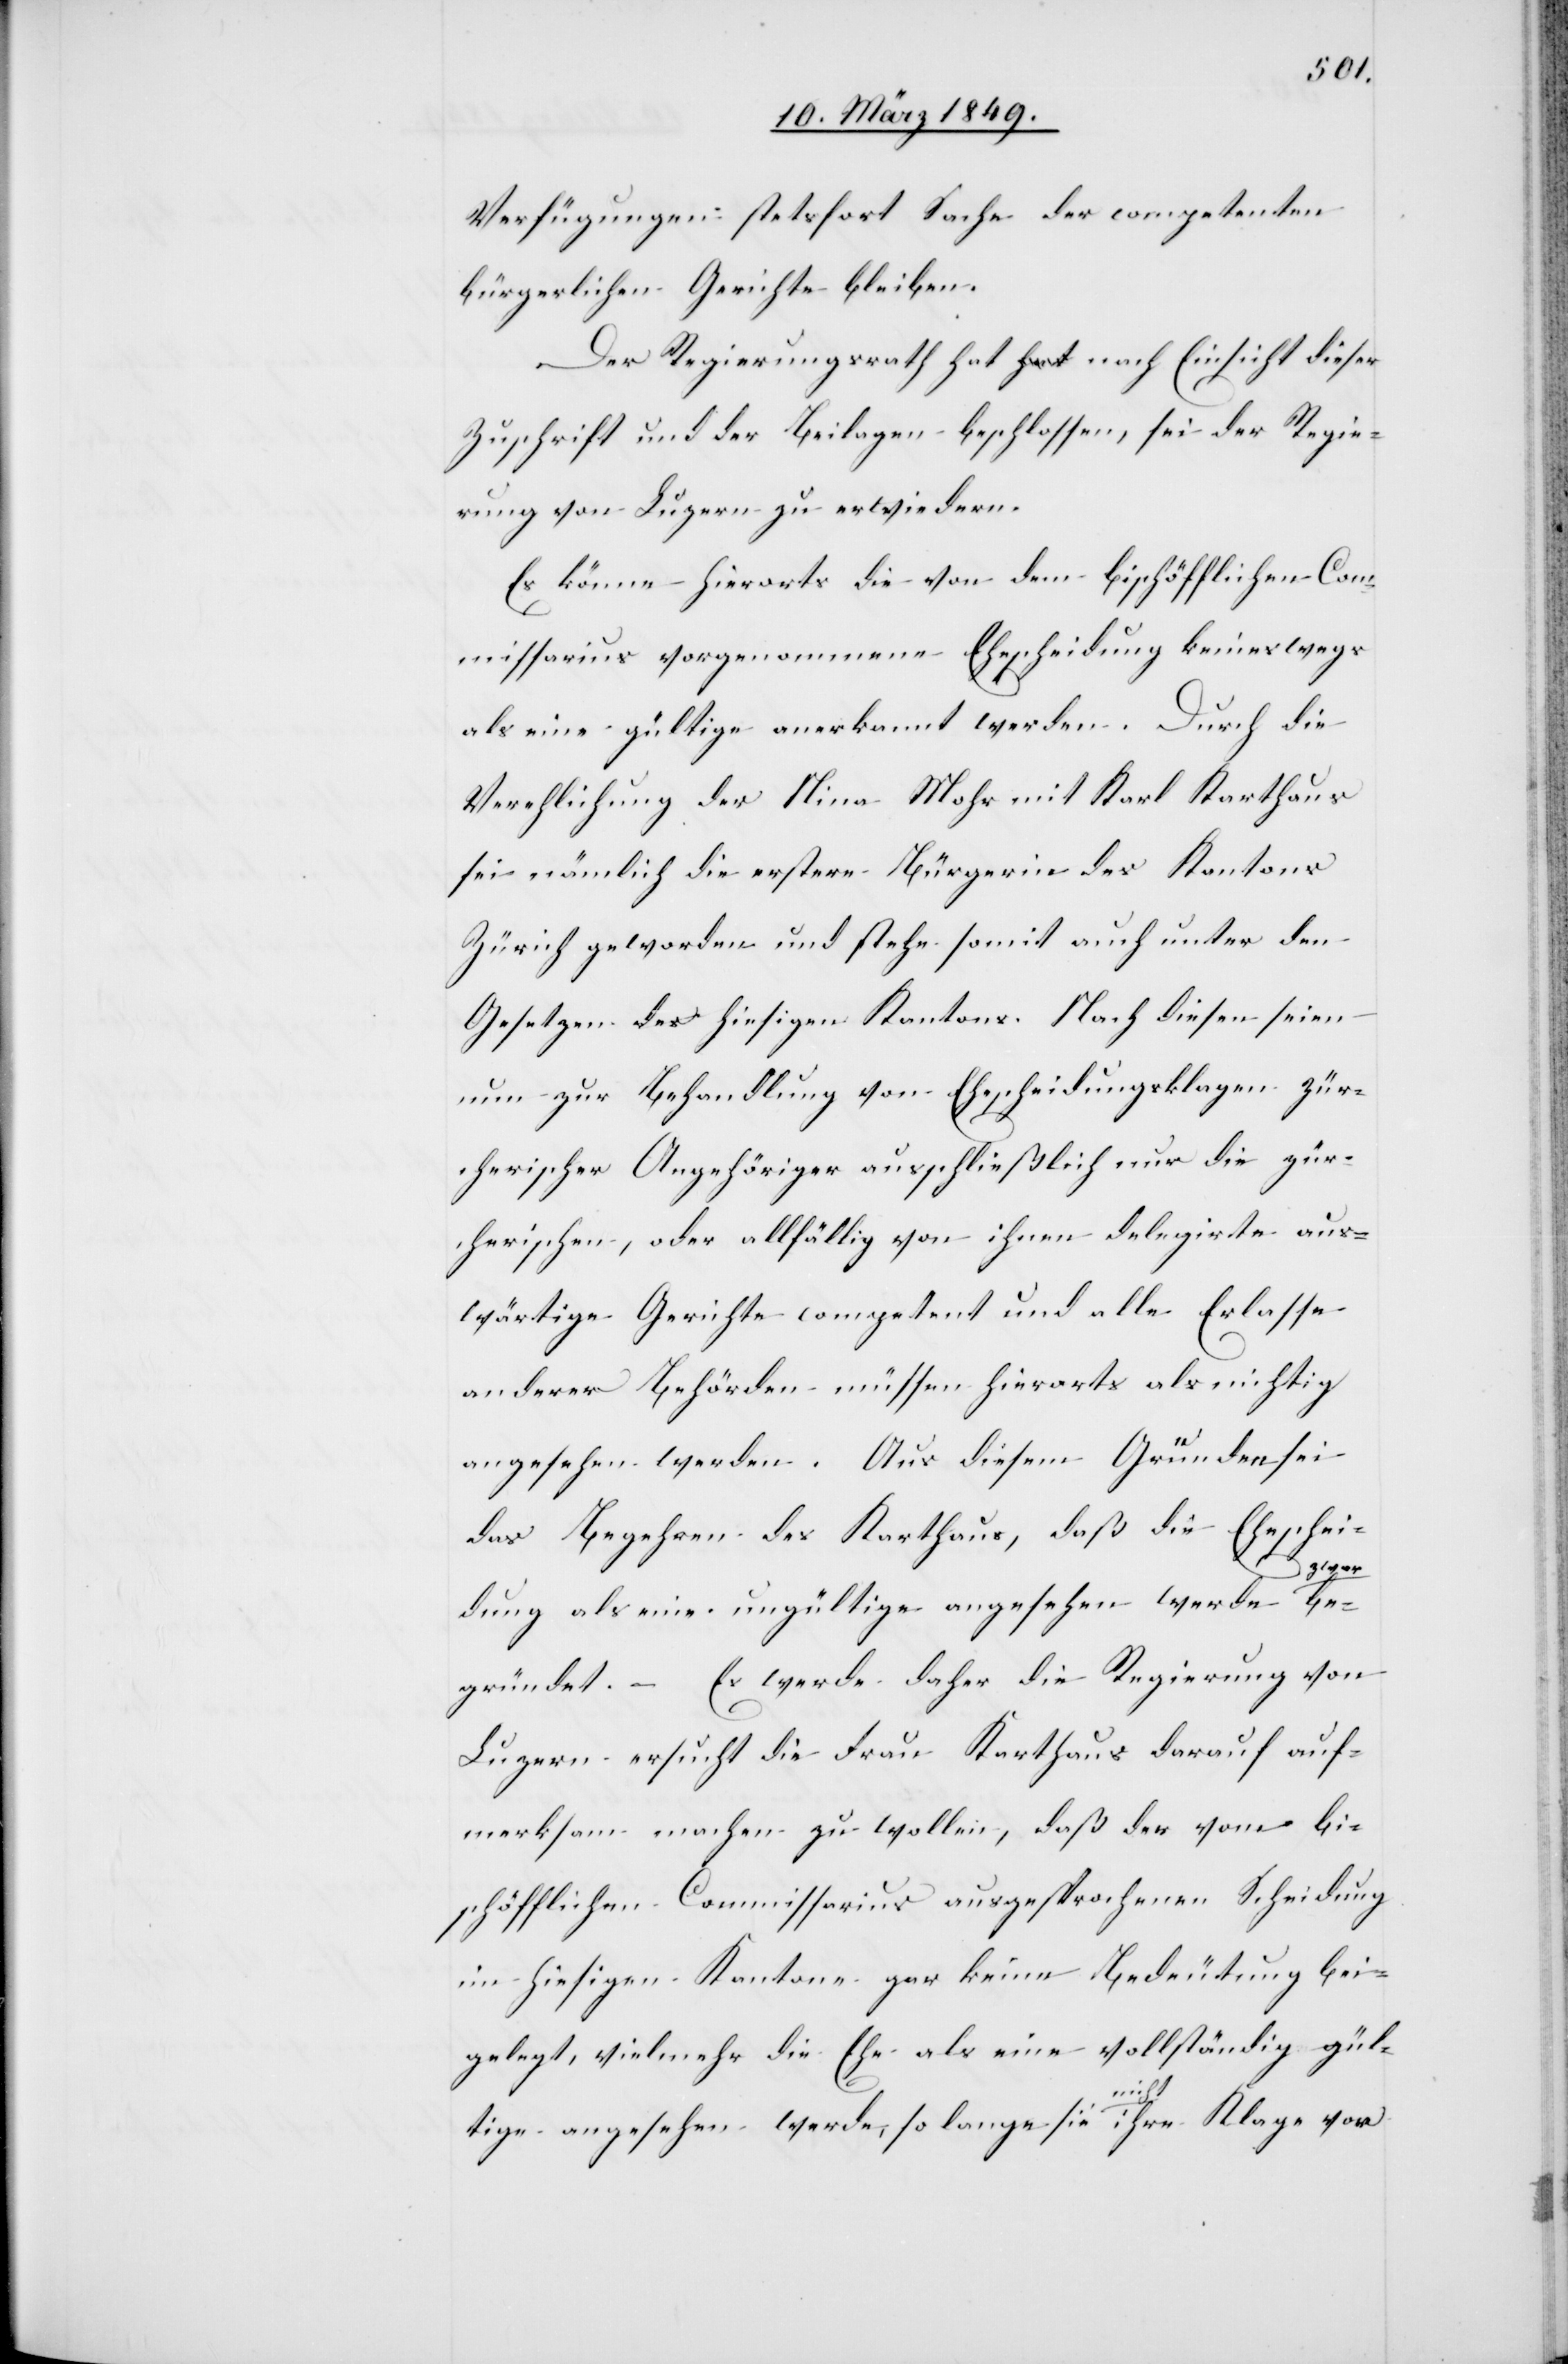
Verfügungen stetsfort Sache der competenten
bürgerlichen Gerichte bleiben.
Der Regierungsrath hat nach Einsicht dieser
Zuschrift und der Beilagen beschlossen, sei der Regie¬
rung von Luzern zu erwiedern.
Es könne hierorts die von dem bischöflichen Com¬
missarius vorgenommene Ehescheidung keineswegs
als eine gültige anerkannt werden. Durch die
Verehlichung der Nina Mohr mit Karl Karthaus
sei nämlich die erstere Bürgerin des Kantons
Zürich geworden und stehe somit auch unter den
Gesetzen des hiesigen Kantons. Nach diesen seien
nun zur Behandlung von Ehescheidungsklagen zür¬
cherischer Angehöriger ausschließlich nur die zür¬
cherischen, oder allfällig von ihnen delegirte aus¬
wärtige Gerichte competent und alle Erlasse
anderer Behörden müssen hierorts als nichtig
angesehen werden. Aus diesem [sic!] Gründen sei
das Begehren des Karthaus, daß die Eheschei¬
be¬
dung als eine ungültige angesehen werde z¬
gründet. – Es werde daher die Regierung von
Luzern ersucht die Frau Karthaus darauf auf¬
merksam machen zu wollen, daß der vom bi¬
schöflichen Commissarius ausgesprochenen Scheidung
im hiesigen Kantone gar keine Bedeutung bei¬
gelegt, vielmehr die Ehe als eine vollständig gül¬
tige angesehen werde, so lange sie nicht ihre Klage vor